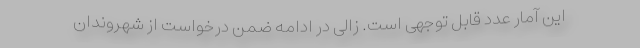
این آمار عدد قابل توجهی است. زالی در ادامه ضمن درخواست از شهروندان